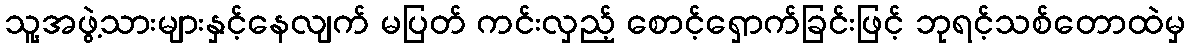
သူ့အဖွဲ့သားများနှင့်နေလျက် မပြတ် ကင်းလှည့် စောင့်ရှောက်ခြင်းဖြင့် ဘုရင့်သစ်တောထဲမှ